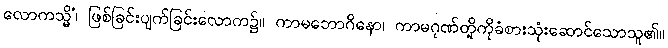
လောကသ္မိံ၊ ဖြစ်ခြင်းပျက်ခြင်းလောက၌။ ကာမဘောဂိနော၊ ကာမဂုဏ်တို့ကိုခံစားသုံးဆောင်သောသူ၏။